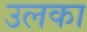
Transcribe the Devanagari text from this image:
उलका